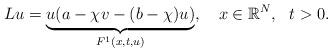
LaTeX: \begin{align*} Lu=\underbrace{u(a-\chi v - (b-\chi)u)}_{F^{1}(x,t,u)},\ \ \ x\in \mathbb{R}^{N},\ \ t>0. \end{align*}